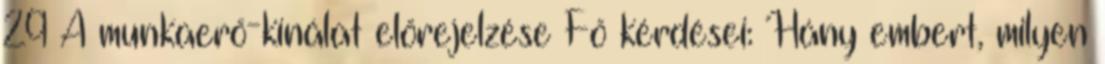
29 A munkaerő-kínálat előrejelzése Fő kérdései: Hány embert, milyen